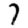
Digit: 7